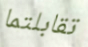
تقابلتما